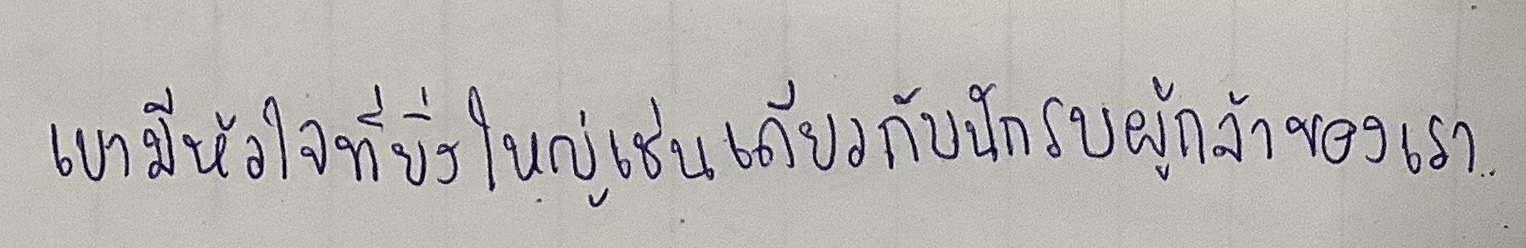
เขามีหัวใจที่ยิ่งใหญ่เช่นเดียวกับนักรบผู้กล้าของเรา